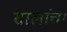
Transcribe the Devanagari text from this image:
सालांचा